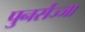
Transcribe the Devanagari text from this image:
पुनर्सज्जा